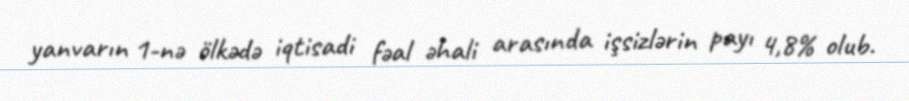
yanvarın 1-nə ölkədə iqtisadi fəal əhali arasında işsizlərin payı 4,8% olub.